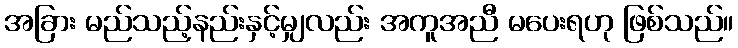
အခြား မည်သည့်နည်းနှင့်မျှလည်း အကူအညီ မပေးရဟု ဖြစ်သည်။